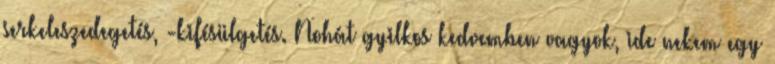
serkeleszedegetés, -kifésülgetés. Nohát gyilkos kedvemben vagyok, ide nekem egy